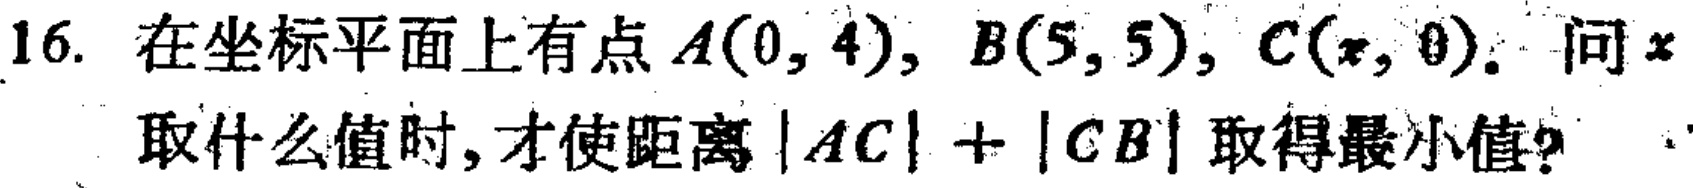
16. 在坐标平面上有点\(A(0, 4)\)，\(B(5, 5)\)，\(C(x, 0)\)。问\(x\)取什么值时，才使距离\(\vert AC\vert+\vert CB\vert\)取得最小值？